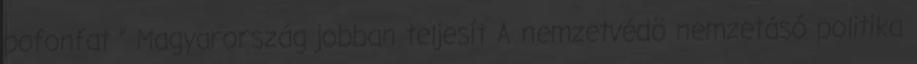
pofonfat ” Magyarország jobban teljesít A nemzetvédö nemzetásó politika